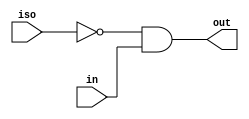
module asic_isolo
  #(parameter PROP = "DEFAULT")
   (
    input  iso, // isolation signal
    input  in, // input
    output out  // out = ~iso & in
    );

   assign out = ~iso & in;

endmodule